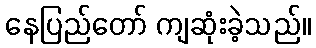
နေပြည်တော် ကျဆုံးခဲ့သည်။